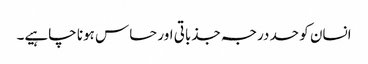
انسان کو حد درجہ جذباتی اور حساس ہونا چاہیے۔